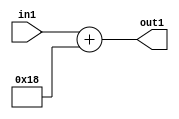
`timescale 1ps / 1ps
/*****************************************************************************
    Verilog RTL Description
    
    
    Created by: Stratus DpOpt 2019.1.01 
*******************************************************************************/

module DC_Filter_Add_12U_135_4 (
	in1,
	out1
	); /* architecture "behavioural" */ 
input [11:0] in1;
output [11:0] out1;
wire [11:0] asc001;

assign asc001 = 
	+(in1)
	+(12'B000000011000);

assign out1 = asc001;
endmodule

/* CADENCE  urnwTQw= : u9/ySgnWtBlWxVPRXgAZ4Og= ** DO NOT EDIT THIS LINE ******/